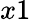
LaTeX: x1